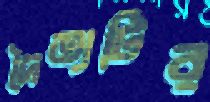
দৈত্যটির